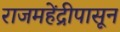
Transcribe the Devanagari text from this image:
राजमहेंद्रीपासून